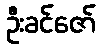
ဦးခင်ဇော်